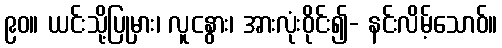
၉၀။ ယင်းသို့ပြုမှား၊ လူငနွား၊ အားလုံးဝိုင်း၍- နင်းလိမ့်သောဝ်။